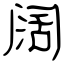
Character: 阔